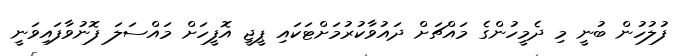
ފުލުހުން ބުނީ މި ދެމީހުންގެ މައްޗަށް ދައުވާކުރުމަށްޓަކައި ޕީޖީ އޮފީހަށް މައްސަލަ ފޮނުވާފައިވަނީ